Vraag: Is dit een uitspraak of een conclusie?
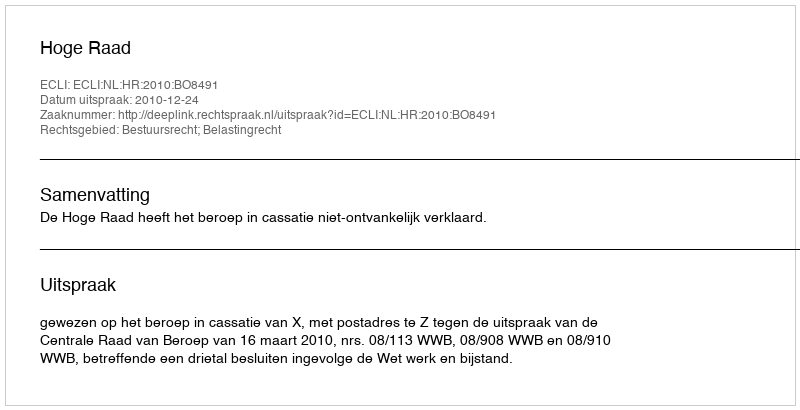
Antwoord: Uitspraak